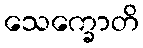
သေက္ခောတိ